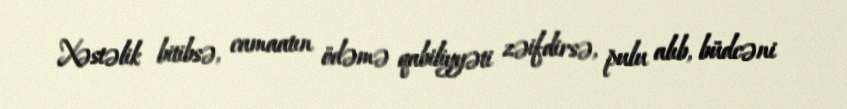
Xəstəlik bitibsə, camaatın ödəmə qabiliyyəti zəifdirsə, pulu alıb, büdcəni